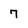
Character: 7